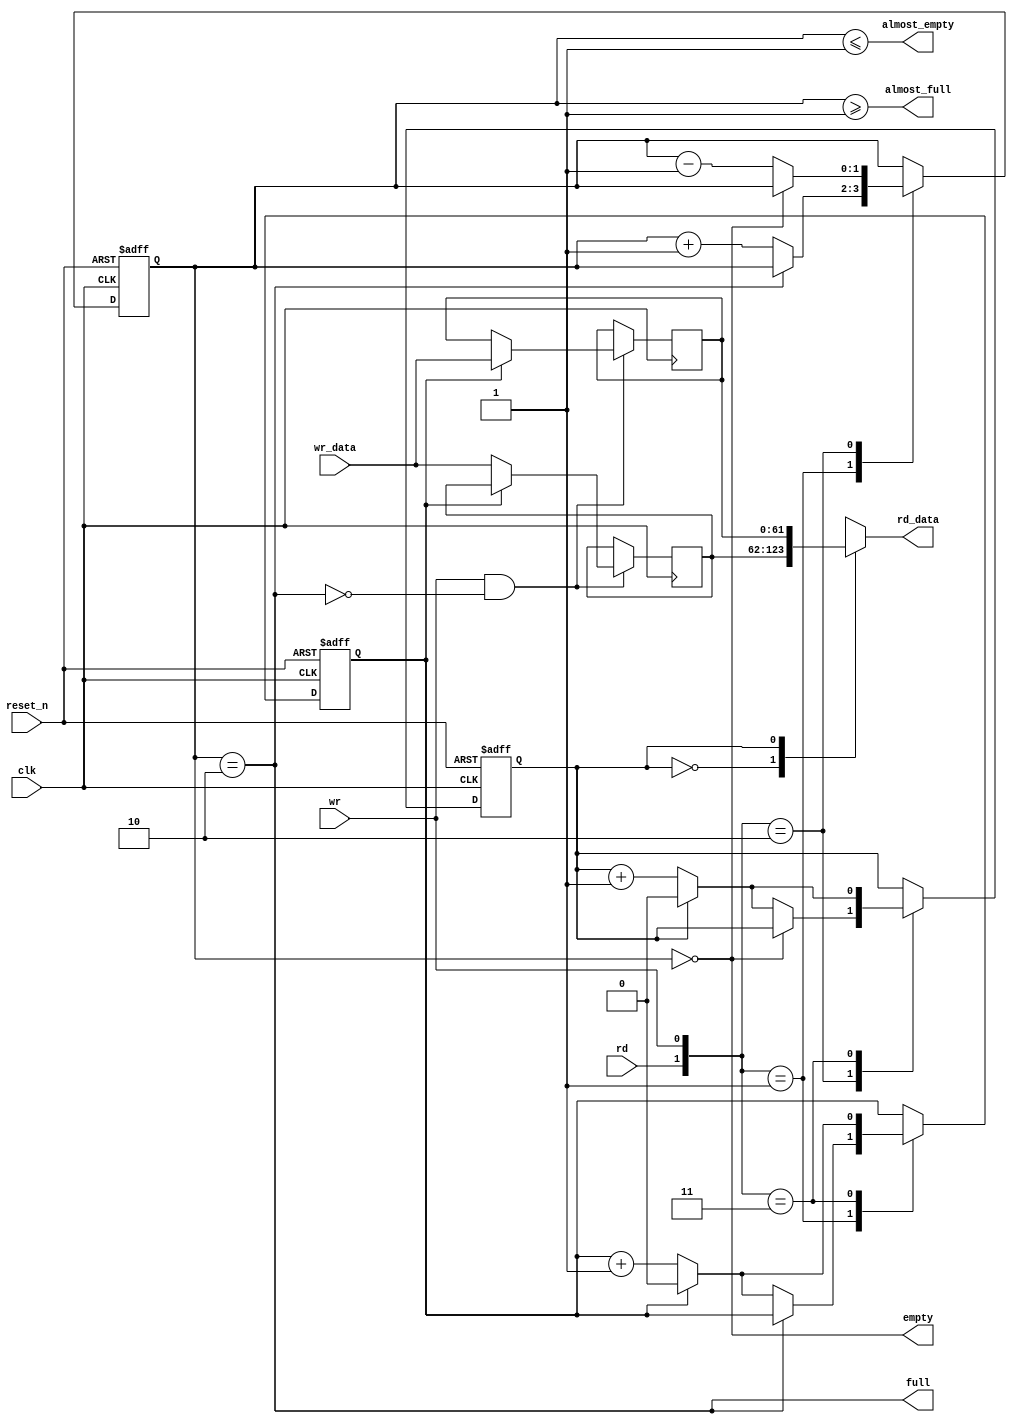
//Legal Notice: (C)2019 Altera Corporation. All rights reserved.  Your
//use of Altera Corporation's design tools, logic functions and other
//software and tools, and its AMPP partner logic functions, and any
//output files any of the foregoing (including device programming or
//simulation files), and any associated documentation or information are
//expressly subject to the terms and conditions of the Altera Program
//License Subscription Agreement or other applicable license agreement,
//including, without limitation, that your use is for the sole purpose
//of programming logic devices manufactured by Altera and sold by Altera
//or its authorized distributors.  Please refer to the applicable
//agreement for further details.

// synthesis translate_off
`timescale 1ns / 1ps
// synthesis translate_on

// turn off superfluous verilog processor warnings 
// altera message_level Level1 
// altera message_off 10034 10035 10036 10037 10230 10240 10030 

module nios_system_sdram_input_efifo_module (
                                              // inputs:
                                               clk,
                                               rd,
                                               reset_n,
                                               wr,
                                               wr_data,

                                              // outputs:
                                               almost_empty,
                                               almost_full,
                                               empty,
                                               full,
                                               rd_data
                                            )
;

  output           almost_empty;
  output           almost_full;
  output           empty;
  output           full;
  output  [ 61: 0] rd_data;
  input            clk;
  input            rd;
  input            reset_n;
  input            wr;
  input   [ 61: 0] wr_data;


wire             almost_empty;
wire             almost_full;
wire             empty;
reg     [  1: 0] entries;
reg     [ 61: 0] entry_0;
reg     [ 61: 0] entry_1;
wire             full;
reg              rd_address;
reg     [ 61: 0] rd_data;
wire    [  1: 0] rdwr;
reg              wr_address;
  assign rdwr = {rd, wr};
  assign full = entries == 2;
  assign almost_full = entries >= 1;
  assign empty = entries == 0;
  assign almost_empty = entries <= 1;
  always @(entry_0 or entry_1 or rd_address)
    begin
      case (rd_address) // synthesis parallel_case full_case
      
          1'd0: begin
              rd_data = entry_0;
          end // 1'd0 
      
          1'd1: begin
              rd_data = entry_1;
          end // 1'd1 
      
          default: begin
          end // default
      
      endcase // rd_address
    end


  always @(posedge clk or negedge reset_n)
    begin
      if (reset_n == 0)
        begin
          wr_address <= 0;
          rd_address <= 0;
          entries <= 0;
        end
      else 
        case (rdwr) // synthesis parallel_case full_case
        
            2'd1: begin
                // Write data
                if (!full)
                  begin
                    entries <= entries + 1;
                    wr_address <= (wr_address == 1) ? 0 : (wr_address + 1);
                  end
            end // 2'd1 
        
            2'd2: begin
                // Read data
                if (!empty)
                  begin
                    entries <= entries - 1;
                    rd_address <= (rd_address == 1) ? 0 : (rd_address + 1);
                  end
            end // 2'd2 
        
            2'd3: begin
                wr_address <= (wr_address == 1) ? 0 : (wr_address + 1);
                rd_address <= (rd_address == 1) ? 0 : (rd_address + 1);
            end // 2'd3 
        
            default: begin
            end // default
        
        endcase // rdwr
    end


  always @(posedge clk)
    begin
      //Write data
      if (wr & !full)
          case (wr_address) // synthesis parallel_case full_case
          
              1'd0: begin
                  entry_0 <= wr_data;
              end // 1'd0 
          
              1'd1: begin
                  entry_1 <= wr_data;
              end // 1'd1 
          
              default: begin
              end // default
          
          endcase // wr_address
    end



endmodule


// synthesis translate_off
`timescale 1ns / 1ps
// synthesis translate_on

// turn off superfluous verilog processor warnings 
// altera message_level Level1 
// altera message_off 10034 10035 10036 10037 10230 10240 10030 

module nios_system_sdram (
                           // inputs:
                            az_addr,
                            az_be_n,
                            az_cs,
                            az_data,
                            az_rd_n,
                            az_wr_n,
                            clk,
                            reset_n,

                           // outputs:
                            za_data,
                            za_valid,
                            za_waitrequest,
                            zs_addr,
                            zs_ba,
                            zs_cas_n,
                            zs_cke,
                            zs_cs_n,
                            zs_dq,
                            zs_dqm,
                            zs_ras_n,
                            zs_we_n
                         )
;

  output  [ 31: 0] za_data;
  output           za_valid;
  output           za_waitrequest;
  output  [ 12: 0] zs_addr;
  output  [  1: 0] zs_ba;
  output           zs_cas_n;
  output           zs_cke;
  output           zs_cs_n;
  inout   [ 31: 0] zs_dq;
  output  [  3: 0] zs_dqm;
  output           zs_ras_n;
  output           zs_we_n;
  input   [ 24: 0] az_addr;
  input   [  3: 0] az_be_n;
  input            az_cs;
  input   [ 31: 0] az_data;
  input            az_rd_n;
  input            az_wr_n;
  input            clk;
  input            reset_n;


wire    [ 23: 0] CODE;
reg              ack_refresh_request;
reg     [ 24: 0] active_addr;
wire    [  1: 0] active_bank;
reg              active_cs_n;
reg     [ 31: 0] active_data;
reg     [  3: 0] active_dqm;
reg              active_rnw;
wire             almost_empty;
wire             almost_full;
wire             bank_match;
wire    [  9: 0] cas_addr;
wire             clk_en;
wire    [  3: 0] cmd_all;
wire    [  2: 0] cmd_code;
wire             cs_n;
wire             csn_decode;
wire             csn_match;
wire    [ 24: 0] f_addr;
wire    [  1: 0] f_bank;
wire             f_cs_n;
wire    [ 31: 0] f_data;
wire    [  3: 0] f_dqm;
wire             f_empty;
reg              f_pop;
wire             f_rnw;
wire             f_select;
wire    [ 61: 0] fifo_read_data;
reg     [ 12: 0] i_addr;
reg     [  3: 0] i_cmd;
reg     [  2: 0] i_count;
reg     [  2: 0] i_next;
reg     [  2: 0] i_refs;
reg     [  2: 0] i_state;
reg              init_done;
reg     [ 12: 0] m_addr /* synthesis ALTERA_ATTRIBUTE = "FAST_OUTPUT_REGISTER=ON"  */;
reg     [  1: 0] m_bank /* synthesis ALTERA_ATTRIBUTE = "FAST_OUTPUT_REGISTER=ON"  */;
reg     [  3: 0] m_cmd /* synthesis ALTERA_ATTRIBUTE = "FAST_OUTPUT_REGISTER=ON"  */;
reg     [  2: 0] m_count;
reg     [ 31: 0] m_data /* synthesis ALTERA_ATTRIBUTE = "FAST_OUTPUT_REGISTER=ON ; FAST_OUTPUT_ENABLE_REGISTER=ON"  */;
reg     [  3: 0] m_dqm /* synthesis ALTERA_ATTRIBUTE = "FAST_OUTPUT_REGISTER=ON"  */;
reg     [  8: 0] m_next;
reg     [  8: 0] m_state;
reg              oe /* synthesis ALTERA_ATTRIBUTE = "FAST_OUTPUT_ENABLE_REGISTER=ON"  */;
wire             pending;
wire             rd_strobe;
reg     [  2: 0] rd_valid;
reg     [ 13: 0] refresh_counter;
reg              refresh_request;
wire             rnw_match;
wire             row_match;
wire    [ 23: 0] txt_code;
reg              za_cannotrefresh;
reg     [ 31: 0] za_data /* synthesis ALTERA_ATTRIBUTE = "FAST_INPUT_REGISTER=ON"  */;
reg              za_valid;
wire             za_waitrequest;
wire    [ 12: 0] zs_addr;
wire    [  1: 0] zs_ba;
wire             zs_cas_n;
wire             zs_cke;
wire             zs_cs_n;
wire    [ 31: 0] zs_dq;
wire    [  3: 0] zs_dqm;
wire             zs_ras_n;
wire             zs_we_n;
  assign clk_en = 1;
  //s1, which is an e_avalon_slave
  assign {zs_cs_n, zs_ras_n, zs_cas_n, zs_we_n} = m_cmd;
  assign zs_addr = m_addr;
  assign zs_cke = clk_en;
  assign zs_dq = oe?m_data:{32{1'bz}};
  assign zs_dqm = m_dqm;
  assign zs_ba = m_bank;
  assign f_select = f_pop & pending;
  assign f_cs_n = 1'b0;
  assign cs_n = f_select ? f_cs_n : active_cs_n;
  assign csn_decode = cs_n;
  assign {f_rnw, f_addr, f_dqm, f_data} = fifo_read_data;
  nios_system_sdram_input_efifo_module the_nios_system_sdram_input_efifo_module
    (
      .almost_empty (almost_empty),
      .almost_full  (almost_full),
      .clk          (clk),
      .empty        (f_empty),
      .full         (za_waitrequest),
      .rd           (f_select),
      .rd_data      (fifo_read_data),
      .reset_n      (reset_n),
      .wr           ((~az_wr_n | ~az_rd_n) & !za_waitrequest),
      .wr_data      ({az_wr_n, az_addr, az_wr_n ? 4'b0 : az_be_n, az_data})
    );

  assign f_bank = {f_addr[24],f_addr[10]};
  // Refresh/init counter.
  always @(posedge clk or negedge reset_n)
    begin
      if (reset_n == 0)
          refresh_counter <= 10000;
      else if (refresh_counter == 0)
          refresh_counter <= 390;
      else 
        refresh_counter <= refresh_counter - 1'b1;
    end


  // Refresh request signal.
  always @(posedge clk or negedge reset_n)
    begin
      if (reset_n == 0)
          refresh_request <= 0;
      else if (1)
          refresh_request <= ((refresh_counter == 0) | refresh_request) & ~ack_refresh_request & init_done;
    end


  // Generate an Interrupt if two ref_reqs occur before one ack_refresh_request
  always @(posedge clk or negedge reset_n)
    begin
      if (reset_n == 0)
          za_cannotrefresh <= 0;
      else if (1)
          za_cannotrefresh <= (refresh_counter == 0) & refresh_request;
    end


  // Initialization-done flag.
  always @(posedge clk or negedge reset_n)
    begin
      if (reset_n == 0)
          init_done <= 0;
      else if (1)
          init_done <= init_done | (i_state == 3'b101);
    end


  // **** Init FSM ****
  always @(posedge clk or negedge reset_n)
    begin
      if (reset_n == 0)
        begin
          i_state <= 3'b000;
          i_next <= 3'b000;
          i_cmd <= 4'b1111;
          i_addr <= {13{1'b1}};
          i_count <= {3{1'b0}};
        end
      else 
        begin
          i_addr <= {13{1'b1}};
          case (i_state) // synthesis parallel_case full_case
          
              3'b000: begin
                  i_cmd <= 4'b1111;
                  i_refs <= 3'b0;
                  //Wait for refresh count-down after reset
                  if (refresh_counter == 0)
                      i_state <= 3'b001;
              end // 3'b000 
          
              3'b001: begin
                  i_state <= 3'b011;
                  i_cmd <= {{1{1'b0}},3'h2};
                  i_count <= 0;
                  i_next <= 3'b010;
              end // 3'b001 
          
              3'b010: begin
                  i_cmd <= {{1{1'b0}},3'h1};
                  i_refs <= i_refs + 1'b1;
                  i_state <= 3'b011;
                  i_count <= 3;
                  // Count up init_refresh_commands
                  if (i_refs == 3'h1)
                      i_next <= 3'b111;
                  else 
                    i_next <= 3'b010;
              end // 3'b010 
          
              3'b011: begin
                  i_cmd <= {{1{1'b0}},3'h7};
                  //WAIT til safe to Proceed...
                  if (i_count > 1)
                      i_count <= i_count - 1'b1;
                  else 
                    i_state <= i_next;
              end // 3'b011 
          
              3'b101: begin
                  i_state <= 3'b101;
              end // 3'b101 
          
              3'b111: begin
                  i_state <= 3'b011;
                  i_cmd <= {{1{1'b0}},3'h0};
                  i_addr <= {{3{1'b0}},1'b0,2'b00,3'h3,4'h0};
                  i_count <= 4;
                  i_next <= 3'b101;
              end // 3'b111 
          
              default: begin
                  i_state <= 3'b000;
              end // default
          
          endcase // i_state
        end
    end


  assign active_bank = {active_addr[24],active_addr[10]};
  assign csn_match = active_cs_n == f_cs_n;
  assign rnw_match = active_rnw == f_rnw;
  assign bank_match = active_bank == f_bank;
  assign row_match = {active_addr[23 : 11]} == {f_addr[23 : 11]};
  assign pending = csn_match && rnw_match && bank_match && row_match && !f_empty;
  assign cas_addr = f_select ? { {3{1'b0}},f_addr[9 : 0] } : { {3{1'b0}},active_addr[9 : 0] };
  // **** Main FSM ****
  always @(posedge clk or negedge reset_n)
    begin
      if (reset_n == 0)
        begin
          m_state <= 9'b000000001;
          m_next <= 9'b000000001;
          m_cmd <= 4'b1111;
          m_bank <= 2'b00;
          m_addr <= 13'b0000000000000;
          m_data <= 32'b00000000000000000000000000000000;
          m_dqm <= 4'b0000;
          m_count <= 3'b000;
          ack_refresh_request <= 1'b0;
          f_pop <= 1'b0;
          oe <= 1'b0;
        end
      else 
        begin
          f_pop <= 1'b0;
          oe <= 1'b0;
          case (m_state) // synthesis parallel_case full_case
          
              9'b000000001: begin
                  //Wait for init-fsm to be done...
                  if (init_done)
                    begin
                      //Hold bus if another cycle ended to arf.
                      if (refresh_request)
                          m_cmd <= {{1{1'b0}},3'h7};
                      else 
                        m_cmd <= 4'b1111;
                      ack_refresh_request <= 1'b0;
                      //Wait for a read/write request.
                      if (refresh_request)
                        begin
                          m_state <= 9'b001000000;
                          m_next <= 9'b010000000;
                          m_count <= 0;
                          active_cs_n <= 1'b1;
                        end
                      else if (!f_empty)
                        begin
                          f_pop <= 1'b1;
                          active_cs_n <= f_cs_n;
                          active_rnw <= f_rnw;
                          active_addr <= f_addr;
                          active_data <= f_data;
                          active_dqm <= f_dqm;
                          m_state <= 9'b000000010;
                        end
                    end
                  else 
                    begin
                      m_addr <= i_addr;
                      m_state <= 9'b000000001;
                      m_next <= 9'b000000001;
                      m_cmd <= i_cmd;
                    end
              end // 9'b000000001 
          
              9'b000000010: begin
                  m_state <= 9'b000000100;
                  m_cmd <= {csn_decode,3'h3};
                  m_bank <= active_bank;
                  m_addr <= active_addr[23 : 11];
                  m_data <= active_data;
                  m_dqm <= active_dqm;
                  m_count <= 1;
                  m_next <= active_rnw ? 9'b000001000 : 9'b000010000;
              end // 9'b000000010 
          
              9'b000000100: begin
                  // precharge all if arf, else precharge csn_decode
                  if (m_next == 9'b010000000)
                      m_cmd <= {{1{1'b0}},3'h7};
                  else 
                    m_cmd <= {csn_decode,3'h7};
                  //Count down til safe to Proceed...
                  if (m_count > 1)
                      m_count <= m_count - 1'b1;
                  else 
                    m_state <= m_next;
              end // 9'b000000100 
          
              9'b000001000: begin
                  m_cmd <= {csn_decode,3'h5};
                  m_bank <= f_select ? f_bank : active_bank;
                  m_dqm <= f_select ? f_dqm  : active_dqm;
                  m_addr <= cas_addr;
                  //Do we have a transaction pending?
                  if (pending)
                    begin
                      //if we need to ARF, bail, else spin
                      if (refresh_request)
                        begin
                          m_state <= 9'b000000100;
                          m_next <= 9'b000000001;
                          m_count <= 2;
                        end
                      else 
                        begin
                          f_pop <= 1'b1;
                          active_cs_n <= f_cs_n;
                          active_rnw <= f_rnw;
                          active_addr <= f_addr;
                          active_data <= f_data;
                          active_dqm <= f_dqm;
                        end
                    end
                  else 
                    begin
                      //correctly end RD spin cycle if fifo mt
                      if (~pending & f_pop)
                          m_cmd <= {csn_decode,3'h7};
                      m_state <= 9'b100000000;
                    end
              end // 9'b000001000 
          
              9'b000010000: begin
                  m_cmd <= {csn_decode,3'h4};
                  oe <= 1'b1;
                  m_data <= f_select ? f_data : active_data;
                  m_dqm <= f_select ? f_dqm  : active_dqm;
                  m_bank <= f_select ? f_bank : active_bank;
                  m_addr <= cas_addr;
                  //Do we have a transaction pending?
                  if (pending)
                    begin
                      //if we need to ARF, bail, else spin
                      if (refresh_request)
                        begin
                          m_state <= 9'b000000100;
                          m_next <= 9'b000000001;
                          m_count <= 1;
                        end
                      else 
                        begin
                          f_pop <= 1'b1;
                          active_cs_n <= f_cs_n;
                          active_rnw <= f_rnw;
                          active_addr <= f_addr;
                          active_data <= f_data;
                          active_dqm <= f_dqm;
                        end
                    end
                  else 
                    begin
                      //correctly end WR spin cycle if fifo empty
                      if (~pending & f_pop)
                        begin
                          m_cmd <= {csn_decode,3'h7};
                          oe <= 1'b0;
                        end
                      m_state <= 9'b100000000;
                    end
              end // 9'b000010000 
          
              9'b000100000: begin
                  m_cmd <= {csn_decode,3'h7};
                  //Count down til safe to Proceed...
                  if (m_count > 1)
                      m_count <= m_count - 1'b1;
                  else 
                    begin
                      m_state <= 9'b001000000;
                      m_count <= 0;
                    end
              end // 9'b000100000 
          
              9'b001000000: begin
                  m_state <= 9'b000000100;
                  m_addr <= {13{1'b1}};
                  // precharge all if arf, else precharge csn_decode
                  if (refresh_request)
                      m_cmd <= {{1{1'b0}},3'h2};
                  else 
                    m_cmd <= {csn_decode,3'h2};
              end // 9'b001000000 
          
              9'b010000000: begin
                  ack_refresh_request <= 1'b1;
                  m_state <= 9'b000000100;
                  m_cmd <= {{1{1'b0}},3'h1};
                  m_count <= 3;
                  m_next <= 9'b000000001;
              end // 9'b010000000 
          
              9'b100000000: begin
                  m_cmd <= {csn_decode,3'h7};
                  //if we need to ARF, bail, else spin
                  if (refresh_request)
                    begin
                      m_state <= 9'b000000100;
                      m_next <= 9'b000000001;
                      m_count <= 1;
                    end
                  else //wait for fifo to have contents
                  if (!f_empty)
                      //Are we 'pending' yet?
                      if (csn_match && rnw_match && bank_match && row_match)
                        begin
                          m_state <= f_rnw ? 9'b000001000 : 9'b000010000;
                          f_pop <= 1'b1;
                          active_cs_n <= f_cs_n;
                          active_rnw <= f_rnw;
                          active_addr <= f_addr;
                          active_data <= f_data;
                          active_dqm <= f_dqm;
                        end
                      else 
                        begin
                          m_state <= 9'b000100000;
                          m_next <= 9'b000000001;
                          m_count <= 1;
                        end
              end // 9'b100000000 
          
              // synthesis translate_off
          
              default: begin
                  m_state <= m_state;
                  m_cmd <= 4'b1111;
                  f_pop <= 1'b0;
                  oe <= 1'b0;
              end // default
          
              // synthesis translate_on
          endcase // m_state
        end
    end


  assign rd_strobe = m_cmd[2 : 0] == 3'h5;
  //Track RD Req's based on cas_latency w/shift reg
  always @(posedge clk or negedge reset_n)
    begin
      if (reset_n == 0)
          rd_valid <= {3{1'b0}};
      else 
        rd_valid <= (rd_valid << 1) | { {2{1'b0}}, rd_strobe };
    end


  // Register dq data.
  always @(posedge clk or negedge reset_n)
    begin
      if (reset_n == 0)
          za_data <= 0;
      else 
        za_data <= zs_dq;
    end


  // Delay za_valid to match registered data.
  always @(posedge clk or negedge reset_n)
    begin
      if (reset_n == 0)
          za_valid <= 0;
      else if (1)
          za_valid <= rd_valid[2];
    end


  assign cmd_code = m_cmd[2 : 0];
  assign cmd_all = m_cmd;

//synthesis translate_off
//////////////// SIMULATION-ONLY CONTENTS
initial
  begin
    $write("\n");
    $write("This reference design requires a vendor simulation model.\n");
    $write("To simulate accesses to SDRAM, you must:\n");
    $write("	 - Download the vendor model\n");
    $write("	 - Install the model in the system_sim directory\n");
    $write("	 - `include the vendor model in the the top-level system file,\n");
    $write("	 - Instantiate sdram simulation models and wire them to testbench signals\n");
    $write("	 - Be aware that you may have to disable some timing checks in the vendor model\n");
    $write("		   (because this simulation is zero-delay based)\n");
    $write("\n");
  end
  assign txt_code = (cmd_code == 3'h0)? 24'h4c4d52 :
    (cmd_code == 3'h1)? 24'h415246 :
    (cmd_code == 3'h2)? 24'h505245 :
    (cmd_code == 3'h3)? 24'h414354 :
    (cmd_code == 3'h4)? 24'h205752 :
    (cmd_code == 3'h5)? 24'h205244 :
    (cmd_code == 3'h6)? 24'h425354 :
    (cmd_code == 3'h7)? 24'h4e4f50 :
    24'h424144;

  assign CODE = &(cmd_all|4'h7) ? 24'h494e48 : txt_code;

//////////////// END SIMULATION-ONLY CONTENTS

//synthesis translate_on

endmodule